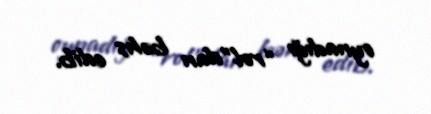
oynadığı “rol”dan bəhs edib.